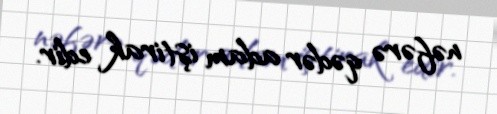
nəfərə qədər adam iştirak edir.